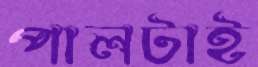
পালটাই